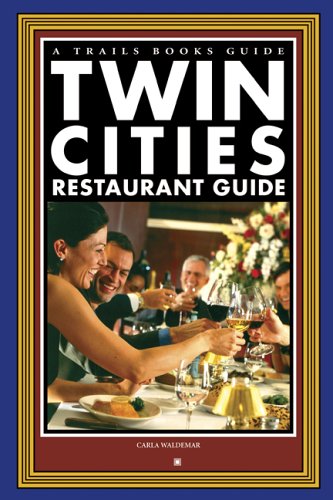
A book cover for Twin Cities Restaurant Guide: 120 Fabulous Dining Choices by Minnesota's Premier Food Writer (Trails Books Guide); Carla Waldemar; Travel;